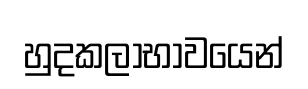
හුදකලාභාවයෙන්